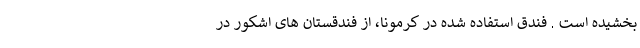
بخشیده است . فندق استفاده شده در کرمونا، از فندقستان های اشکور در